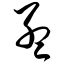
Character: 孟